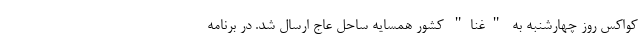
کواکس روز چهارشنبه به "غنا" کشور همسایه ساحل عاج ارسال شد. در برنامه